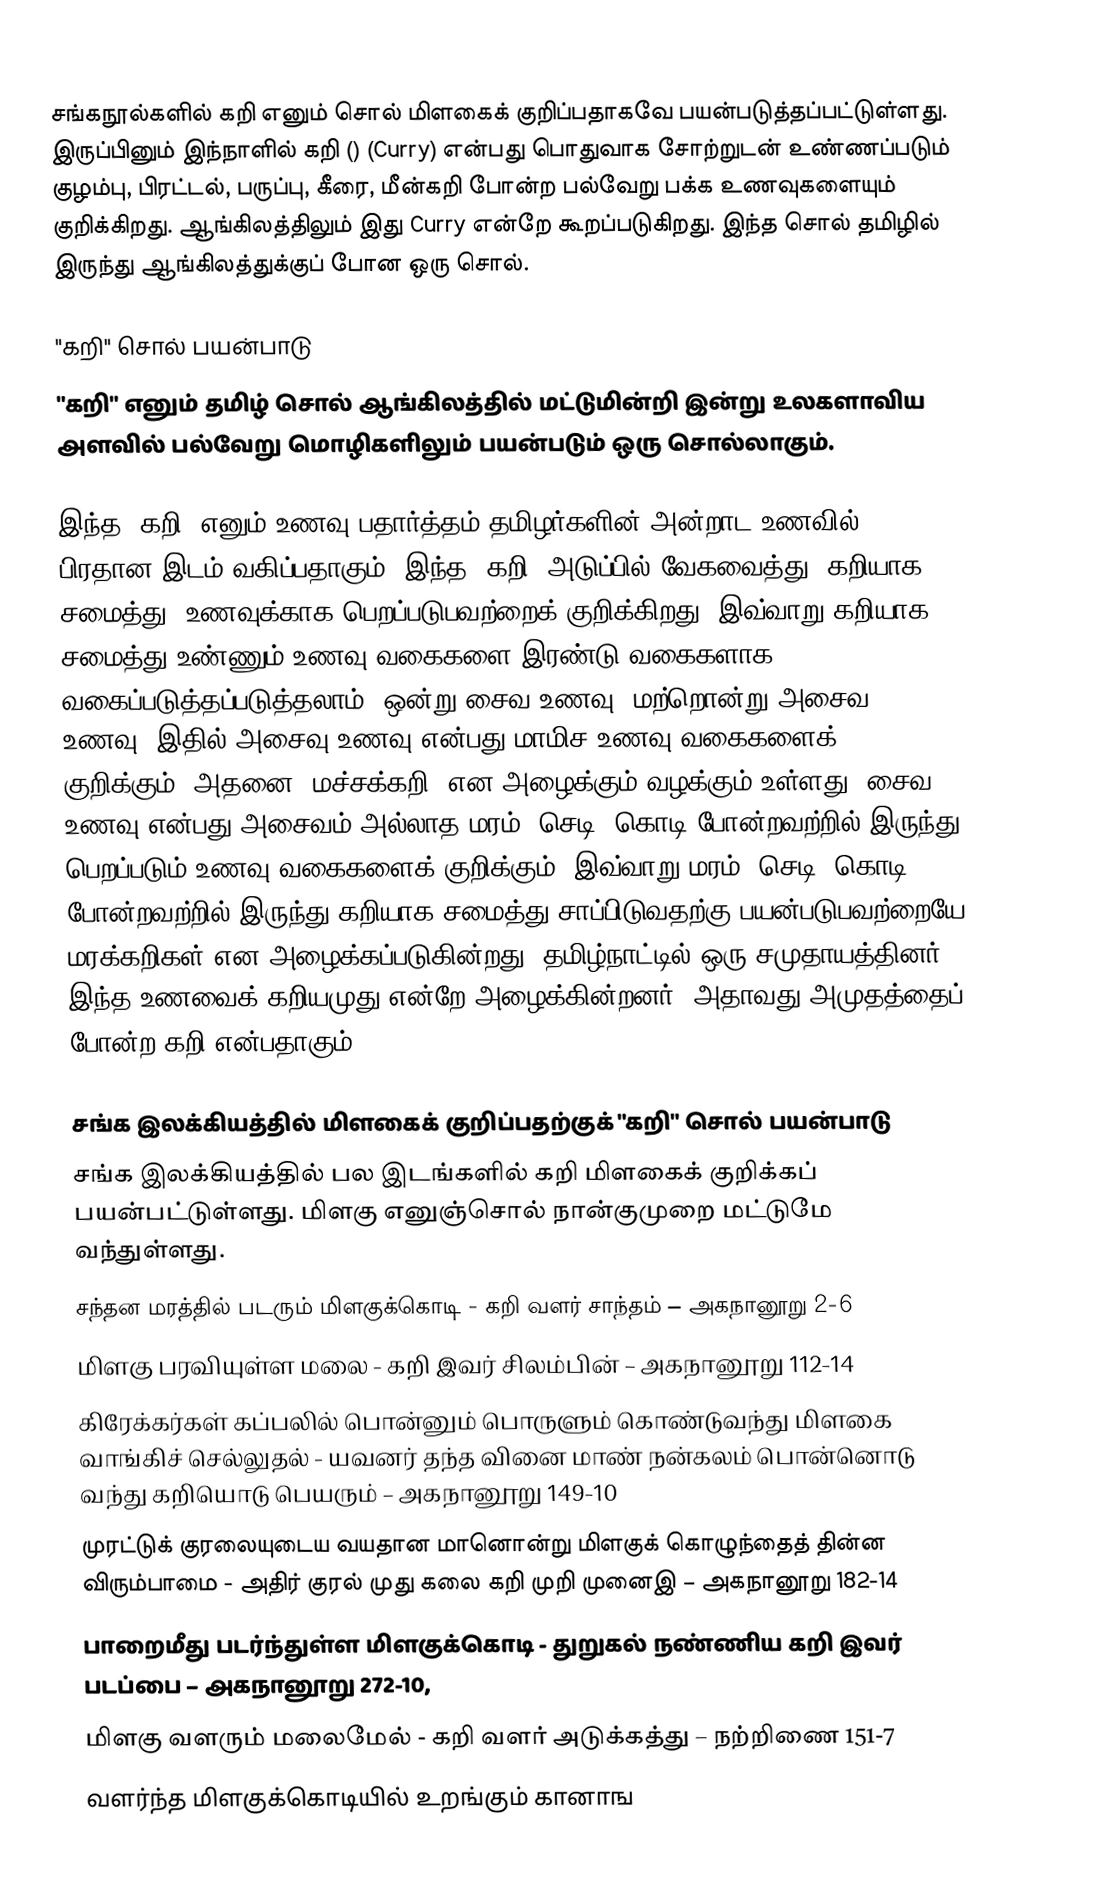
சங்கநூல்களில் கறி எனும் சொல் மிளகைக் குறிப்பதாகவே பயன்படுத்தப்பட்டுள்ளது. இருப்பினும் இந்நாளில் கறி () (Curry) என்பது பொதுவாக சோற்றுடன் உண்ணப்படும் குழம்பு, பிரட்டல், பருப்பு, கீரை, மீன்கறி போன்ற பல்வேறு பக்க உணவுகளையும் குறிக்கிறது. ஆங்கிலத்திலும் இது Curry என்றே கூறப்படுகிறது. இந்த சொல் தமிழில் இருந்து ஆங்கிலத்துக்குப் போன ஒரு சொல்.

"கறி" சொல் பயன்பாடு
"கறி" எனும் தமிழ் சொல் ஆங்கிலத்தில் மட்டுமின்றி இன்று உலகளாவிய அளவில் பல்வேறு மொழிகளிலும் பயன்படும் ஒரு சொல்லாகும்.

இந்த “கறி” எனும் உணவு பதார்த்தம் தமிழர்களின் அன்றாட உணவில் பிரதான இடம் வகிப்பதாகும். இந்த “கறி” அடுப்பில் வேகவைத்து (கறியாக சமைத்து) உணவுக்காக பெறப்படுபவற்றைக் குறிக்கிறது. இவ்வாறு கறியாக சமைத்து உண்ணும் உணவு வகைகளை இரண்டு வகைகளாக வகைப்படுத்தப்படுத்தலாம். ஒன்று சைவ உணவு. மற்றொன்று அசைவ உணவு. இதில் அசைவு உணவு என்பது மாமிச உணவு வகைகளைக் குறிக்கும். அதனை "மச்சக்கறி" என அழைக்கும் வழக்கும் உள்ளது. சைவ உணவு என்பது அசைவம் அல்லாத மரம், செடி, கொடி போன்றவற்றில் இருந்து பெறப்படும் உணவு வகைகளைக் குறிக்கும். இவ்வாறு மரம், செடி, கொடி போன்றவற்றில் இருந்து கறியாக சமைத்து சாப்பிடுவதற்கு பயன்படுபவற்றையே மரக்கறிகள் என அழைக்கப்படுகின்றது. தமிழ்நாட்டில் ஒரு சமுதாயத்தினர் இந்த உணவைக் கறியமுது என்றே அழைக்கின்றனர். அதாவது அமுதத்தைப் போன்ற கறி என்பதாகும்.

சங்க இலக்கியத்தில் மிளகைக் குறிப்பதற்குக் "கறி" சொல் பயன்பாடு
சங்க இலக்கியத்தில் பல இடங்களில் கறி மிளகைக் குறிக்கப் பயன்பட்டுள்ளது. மிளகு எனுஞ்சொல் நான்குமுறை மட்டுமே வந்துள்ளது.
 சந்தன மரத்தில் படரும் மிளகுக்கொடி - கறி வளர் சாந்தம் – அகநானூறு 2-6
 மிளகு பரவியுள்ள மலை - கறி இவர் சிலம்பின் – அகநானூறு 112-14
 கிரேக்கர்கள் கப்பலில் பொன்னும் பொருளும் கொண்டுவந்து மிளகை வாங்கிச் செல்லுதல் - யவனர் தந்த வினை மாண் நன்கலம் பொன்னொடு வந்து கறியொடு பெயரும் – அகநானூறு 149-10
 முரட்டுக் குரலையுடைய வயதான மானொன்று மிளகுக் கொழுந்தைத் தின்ன விரும்பாமை - அதிர் குரல் முது கலை கறி முறி முனைஇ – அகநானூறு 182-14
 பாறைமீது படர்ந்துள்ள மிளகுக்கொடி - துறுகல் நண்ணிய கறி இவர் படப்பை – அகநானூறு 272-10,
 மிளகு வளரும் மலைமேல் - கறி வளர் அடுக்கத்து – நற்றிணை 151-7
 வளர்ந்த மிளகுக்கொடியில் உறங்கும் கானாங